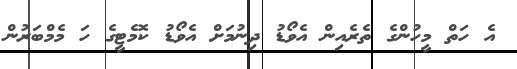
އެ ހަތް މީހުންގެ ތެރެއިން އެވޯޑު ދިނުމަށް އެވޯޑު ކޮމެޓީގެ ހަ މެމްބަރުން